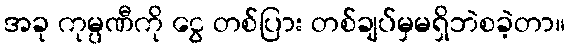
အခု ကုမ္ပဏီကို ငွေ တစ်ပြား တစ်ချပ်မှမရှိဘဲစခဲ့တာ။